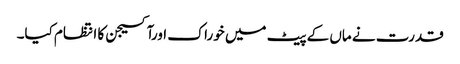
قدرت نے ماں کے پیٹ میں خوراک اورآکسیجن کا انتظام کیا۔